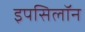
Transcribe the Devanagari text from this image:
इपसिलॉन